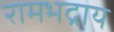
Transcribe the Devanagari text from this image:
रामभद्राय